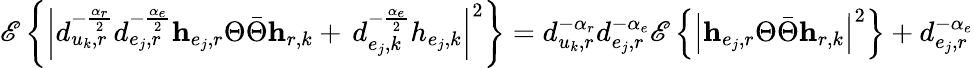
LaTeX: \mathscr{E}\left\{ \left|d_{u_{k},r}^{-\frac{\alpha_{r}}{2}}d_{e_{j},r}^{-\frac{\alpha_{e}}{2}}\mathbf{h}_{e_{j},r}\Theta\bar{\Theta}\mathbf{h}_{r,k}+\, d_{e_{j},k}^{-\frac{\alpha_{e}}{2}}h_{e_{j},k}\right|^{2}\right\} =d_{u_{k},r}^{-\alpha_{r}}d_{e_{j},r}^{-\alpha_{e}}\mathscr{E}\left\{ \left|\mathbf{h}_{e_{j},r}\Theta\bar{\Theta}\mathbf{h}_{r,k}\right|^{2}\right\} +d_{e_{j},r}^{-\alpha_{e}}